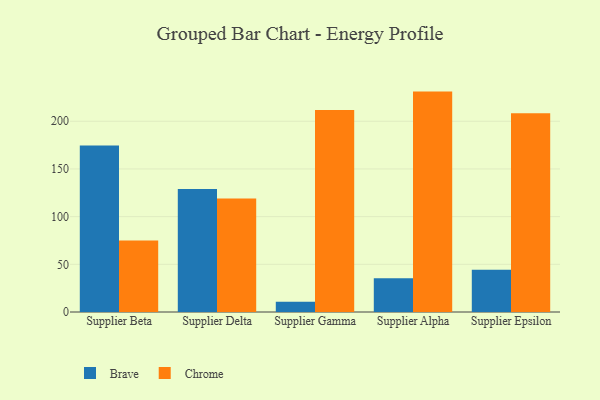
{"axis": {"x": "Supplier", "y": "Waste Production (Tons)"}, "legend": ["Brave", "Chrome"], "data": [{"x": "Supplier Beta", "y": 174.6, "type": "Brave"}, {"x": "Supplier Beta", "y": 75.0, "type": "Chrome"}, {"x": "Supplier Delta", "y": 129.1, "type": "Brave"}, {"x": "Supplier Delta", "y": 118.9, "type": "Chrome"}, {"x": "Supplier Gamma", "y": 10.7, "type": "Brave"}, {"x": "Supplier Gamma", "y": 211.8, "type": "Chrome"}, {"x": "Supplier Alpha", "y": 35.4, "type": "Brave"}, {"x": "Supplier Alpha", "y": 231.1, "type": "Chrome"}, {"x": "Supplier Epsilon", "y": 44.3, "type": "Brave"}, {"x": "Supplier Epsilon", "y": 208.5, "type": "Chrome"}]}